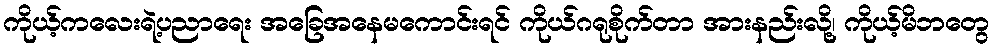
ကိုယ့်ကလေးရဲ့ပညာရေး အခြေအနေမကောင်းရင် ကိုယ်ဂရုစိုက်တာ အားနည်းလို့၊ ကိုယ့်မိဘတွေ